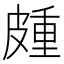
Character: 𭽰